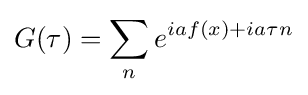
G(\tau )=\sum _{n}e^{iaf(x)+ia\tau n}